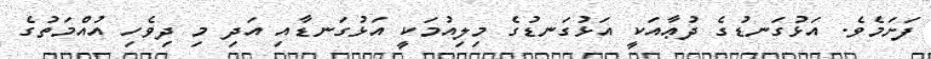
ފަށަމެވެ. އަޅުގަނޑުގެ ދުޢާއަކީ އަޅުގަނޑުގެ މިލިއުމަކީ އަޅުގަނޑާއި އަދި މި ދިވެހި އުއްމަތުގެ